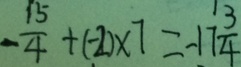
- \frac { 1 5 } { 4 } + ( - 2 ) \times 7 = - 1 7 \frac { 3 } { 4 }